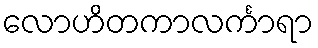
လောဟိတကာလင်္ကာရာ